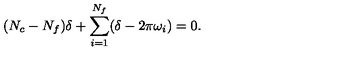
( N _ { c } - N _ { f } ) \delta + \sum _ { i = 1 } ^ { N _ { f } } ( \delta - 2 \pi \omega _ { i } ) = 0 .